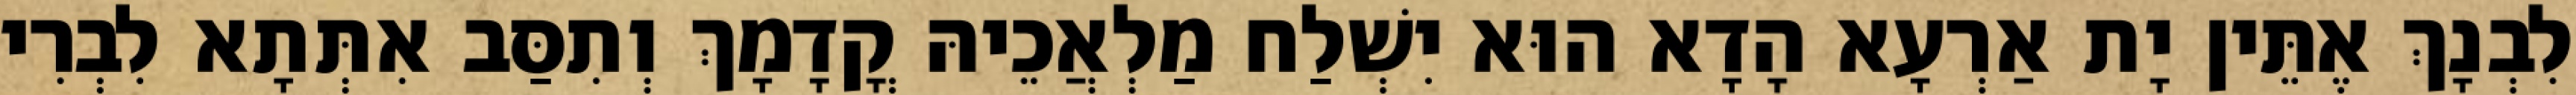
לִבְנָךְ אֶתֵּין יָת אַרְעָא הָדָא הוּא יִשְׁלַח מַלְאֲכֵיהּ קֳדָמָךְ וְתִסַּב אִתְּתָא לִבְרִי